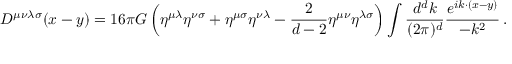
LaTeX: D ^ { \mu \nu \lambda \sigma } ( x - y ) = 1 6 \pi G \left( \eta ^ { \mu \lambda } \eta ^ { \nu \sigma } + \eta ^ { \mu \sigma } \eta ^ { \nu \lambda } - { \frac { 2 } { d - 2 } } \eta ^ { \mu \nu } \eta ^ { \lambda \sigma } \right) \int { \frac { d ^ { d } k } { ( 2 \pi ) ^ { d } } } { \frac { e ^ { i k \cdot ( x - y ) } } { - k ^ { 2 } } } \, .